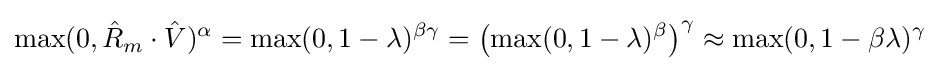
\max(0,{\hat {R}}_{m}\cdot {\hat {V}})^{\alpha }=\max(0,1-\lambda )^{\beta \gamma }=\left(\max(0,1-\lambda )^{\beta }\right)^{\gamma }\approx \max(0,1-\beta \lambda )^{\gamma }